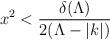
LaTeX: \begin{align*}x^{2}<\frac{\delta (\Lambda )}{2(\Lambda -|k|)}\end{align*}